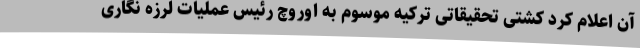
آن اعلام کرد کشتی تحقیقاتی ترکیه موسوم به اوروچ رئیس عملیات لرزه نگاری